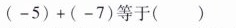
(-5)+(-7)等于( )